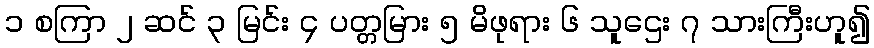
၁ စကြာ ၂ ဆင် ၃ မြင်း ၄ ပတ္တမြား ၅ မိဖုရား ၆ သူဌေး ၇ သားကြီးဟူ၍